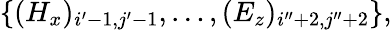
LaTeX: \{ (H_{x})_{i^{\prime}-1,j^{\prime}-1},\ldots,(E_{z})_{i^{\prime\prime}+2,j^{\prime\prime}+2}\} ,